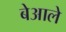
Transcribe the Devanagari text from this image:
बेआले